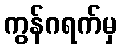
ကွန်ဂရက်မှ